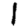
Digit: 1